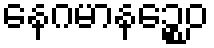
နေဂမာနဉ္စေဝ